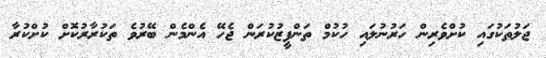
ޖަލުތަކުގައި ކުށްވެރިން ހަރުނުލައި ހުކުމް ތަންފީޒުކުރަން ޖެހޭ އެންމެން ބޭރުވެ ތަކުރާރުކޮށް ކުށްކުރާ